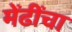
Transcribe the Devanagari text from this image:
मेंढींचा